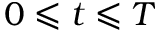
0 \leqslant t \leqslant T